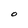
Character: o